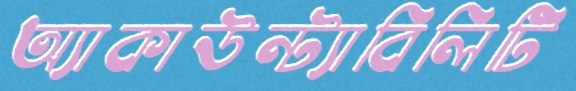
অ্যাকাউন্ট্যাবিলিটি